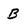
Character: B